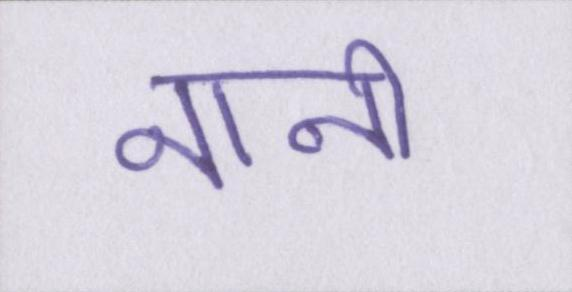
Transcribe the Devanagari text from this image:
नानी